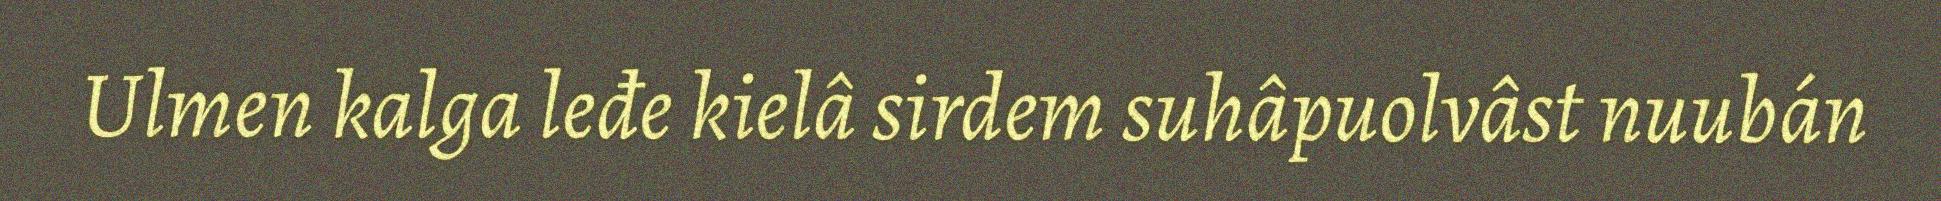
Ulmen kalga leđe kielâ sirdem suhâpuolvâst nuubán